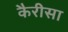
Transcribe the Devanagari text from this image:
कैरीसा